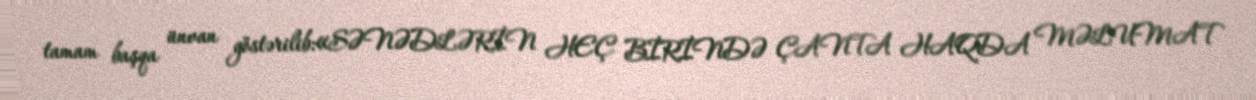
tamam başqa ünvan göstərilib:«SƏNƏDLƏRİN HEÇ BİRİNDƏ ÇANTA HAQDA MƏLUMAT